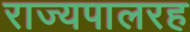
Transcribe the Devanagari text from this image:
राज्यपालरह